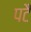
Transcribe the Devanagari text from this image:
पटै